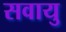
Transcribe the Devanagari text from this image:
सवायु